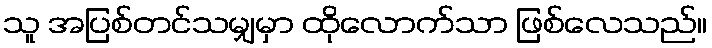
သူ အပြစ်တင်သမျှမှာ ထိုလောက်သာ ဖြစ်လေသည်။